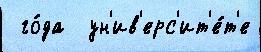
 го́да  ун'ив'ерс'ит'е́т'е